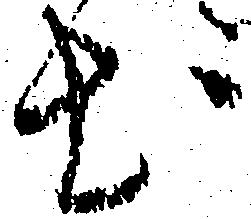
出